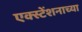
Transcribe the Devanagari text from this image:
एक्स्टेंशनाच्या